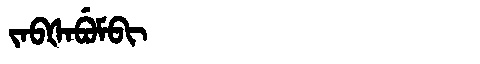
Manchu: ᠵᠠᠪᡧᠠᠪᡠᠮᠪᡳ
Romanization: JABŠABUMBI